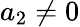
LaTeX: a_{2}\neq 0